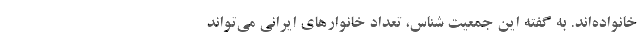
خانواده‌اند. به گفته این جمعیت شناس، تعداد خانوارهای ایرانی می‌تواند